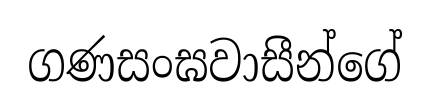
ගණසංඝවාසීන්ගේ